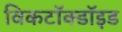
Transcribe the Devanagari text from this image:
विकटॉक्डॉइड